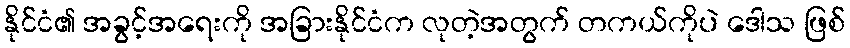
နိုင်ငံ၏ အခွင့်အရေးကို အခြားနိုင်ငံက လုတဲ့အတွက် တကယ်ကိုပဲ ဒေါသ ဖြစ်